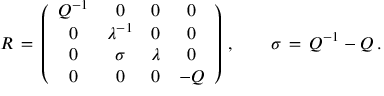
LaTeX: R \, = \, \left( \begin{array} { c c c c } { { Q ^ { - 1 } } } & { { 0 } } & { { 0 } } & { { 0 } } \\ { { 0 } } & { { \lambda ^ { - 1 } } } & { { 0 } } & { { 0 } } \\ { { 0 } } & { { \sigma } } & { { \lambda } } & { { 0 } } \\ { { 0 } } & { { 0 } } & { { 0 } } & { { - Q } } \end{array} \right) \, , \qquad \sigma \, = \, Q ^ { - 1 } - Q \, .